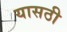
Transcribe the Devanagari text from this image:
यासठी